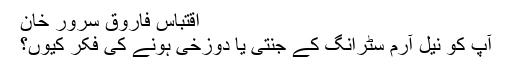
اقتباس فاروق سرور خان
آپ کو نیل آرم سٹرانگ کے جنتی یا دوزخی ہونے کی فکر کیوں؟